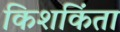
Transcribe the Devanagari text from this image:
किशकिंता